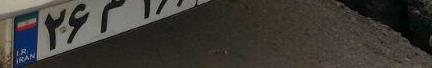
۲۶م۱۶۶۹۸